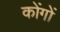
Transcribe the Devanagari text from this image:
कोंगों